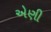
એણી